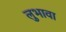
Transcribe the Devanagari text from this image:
लुभावा